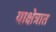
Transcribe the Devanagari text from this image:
याक्षेत्रात